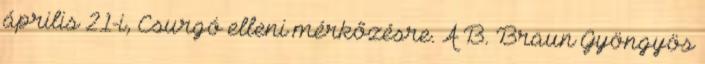
április 21-i, Csurgó elleni mérkőzésre. A B. Braun Gyöngyös